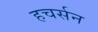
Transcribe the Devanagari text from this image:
हचर्सन